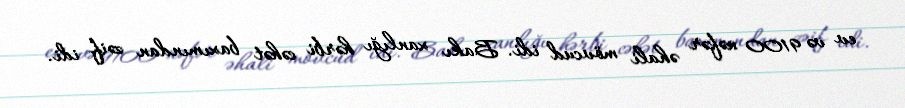
ev və 9100 nəfər əhali mövcud idi. Bakı xanlığı hərbi cəhət baxımından zəif idi.